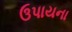
ઉપાયના